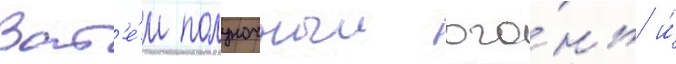
Зат'е́м полуночныи ого́нь и́